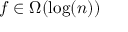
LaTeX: f \in \Omega ( \log ( n ) )